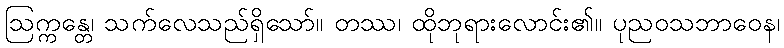
ဩက္ကန္တေ၊ သက်လေသည်ရှိသော်။ တဿ၊ ထိုဘုရားလောင်း၏။ ပုညဝသဘာဝေန၊